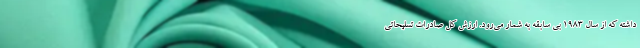
داشته که از سال ۱۹۸۳ بی سابقه به شمار می‌رود. ارزش کل صادرات تسلیحاتی